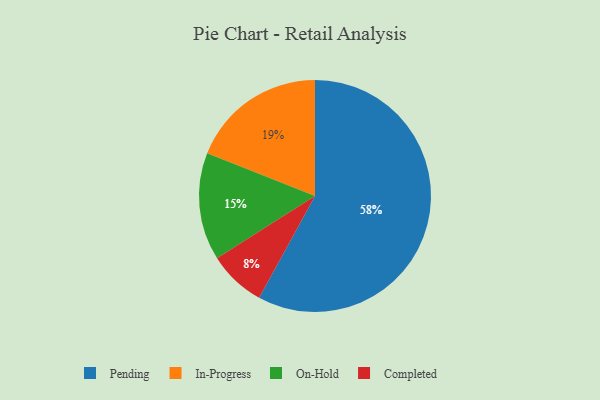
{"axis": {"x": "Category", "y": "Percentage"}, "legend": ["Completed", "In-Progress", "On-Hold", "Pending"], "data": [{"x": "In-Progress", "y": 19, "type": "In-Progress"}, {"x": "Pending", "y": 58, "type": "Pending"}, {"x": "On-Hold", "y": 15, "type": "On-Hold"}, {"x": "Completed", "y": 8, "type": "Completed"}]}